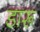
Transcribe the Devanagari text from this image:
डारू